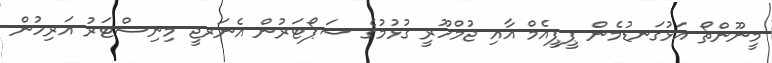
މީނޫންތޯ އަޅުގަނޑުމެން ޕީޕީއެމް އާއި ޖުމްހޫރީ ގުޅުމުގެ ސަޕޯޓަރުން އެނަރޖީ މިނިސްޓަރު އަރިހުން